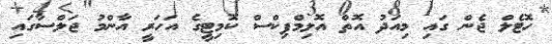
ހޮޓެލް ޖެން ގައި މިއަދު އޮތް އޮލިމްޕިކްސް ކޮމިޓީގެ އަހަރީ އާންމު ޖަލްސާގައި